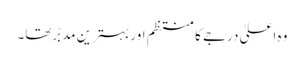
وہ اعلیٰ درجے کا منتظم اور بہترین مدبّر تھا۔